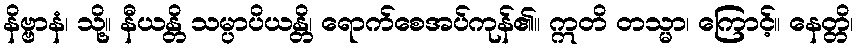
နိဗ္ဗာနံ၊ သို့။ နီယန္တိ သမ္ပာပိယန္တိ၊ ရောက်စေအပ်ကုန်၏။ ဣတိ တသ္မာ၊ ကြောင့်။ နေတ္တိ၊